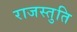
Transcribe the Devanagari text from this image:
राजस्तुति